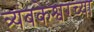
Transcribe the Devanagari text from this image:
त्र्यंबकेश्वरच्या